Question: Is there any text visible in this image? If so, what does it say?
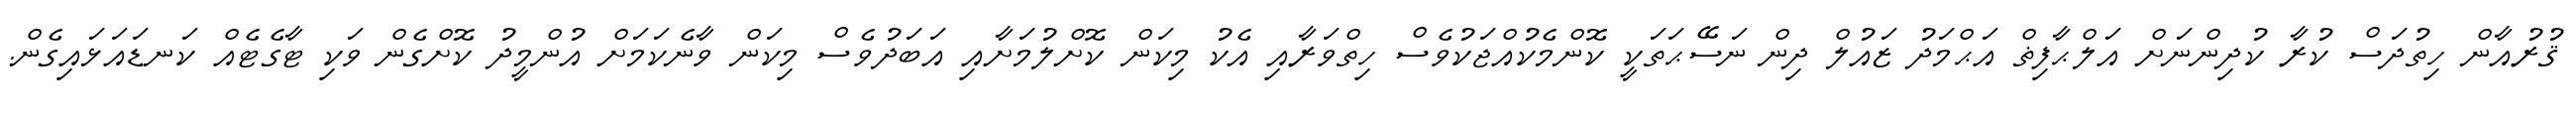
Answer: ޤުރުއާން ހިތުދަސް ކުރާ ކުދިންނަށް އަލްޙާފިޡް އަޙްމަދު ޒައުލް ދިން ނަސޭޙަތަކީ ކޮންމެކުއްޖަކުވެސް ހިތްވަރާއި އެކު މިކަން ކޮށްލުމަށާއި އަބަދުވެސް މިކަން ވާނެކަމަށް އުންމީދު ކޮށްގެން ވަކި ޓާގެޓެއް ކަނޑައަޅައިގެން.